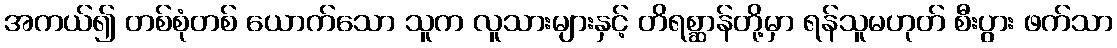
အကယ်၍ တစ်စုံတစ် ယောက်သော သူက လူသားများနှင့် တိရစ္ဆာန်တို့မှာ ရန်သူမဟုတ် စီးပွား ဖက်သာ